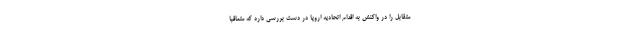
متقابل را در واکنش به اقدام اتحادیه اروپا در دست بررسی دارد که متعاقبا